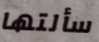
سألتها